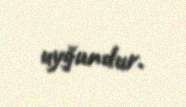
uyğundur.